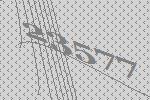
23577